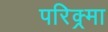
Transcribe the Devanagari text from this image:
परिक्र्मा